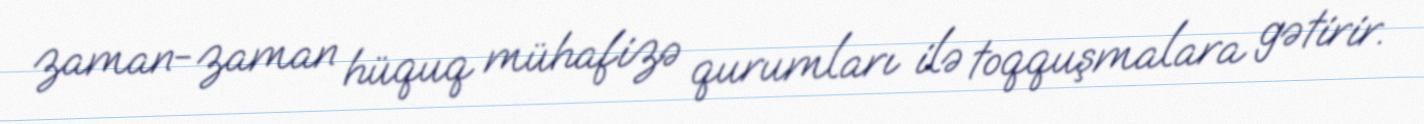
zaman-zaman hüquq mühafizə qurumları ilə toqquşmalara gətirir.